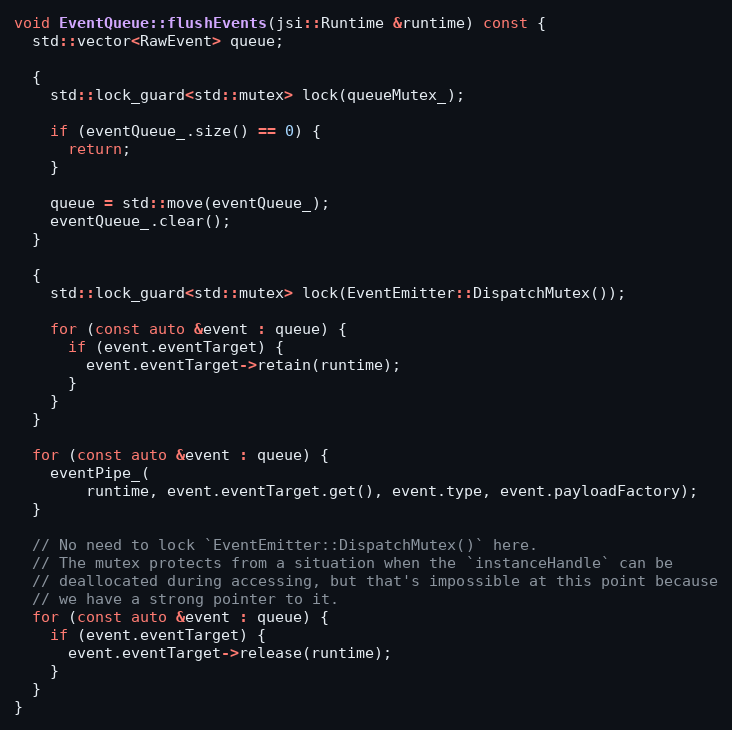
Language: C++
void EventQueue::flushEvents(jsi::Runtime &runtime) const {
  std::vector<RawEvent> queue;

  {
    std::lock_guard<std::mutex> lock(queueMutex_);

    if (eventQueue_.size() == 0) {
      return;
    }

    queue = std::move(eventQueue_);
    eventQueue_.clear();
  }

  {
    std::lock_guard<std::mutex> lock(EventEmitter::DispatchMutex());

    for (const auto &event : queue) {
      if (event.eventTarget) {
        event.eventTarget->retain(runtime);
      }
    }
  }

  for (const auto &event : queue) {
    eventPipe_(
        runtime, event.eventTarget.get(), event.type, event.payloadFactory);
  }

  // No need to lock `EventEmitter::DispatchMutex()` here.
  // The mutex protects from a situation when the `instanceHandle` can be
  // deallocated during accessing, but that's impossible at this point because
  // we have a strong pointer to it.
  for (const auto &event : queue) {
    if (event.eventTarget) {
      event.eventTarget->release(runtime);
    }
  }
}